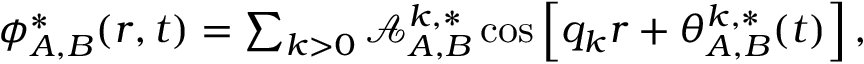
\begin{array} { r } { \phi _ { A , B } ^ { * } ( r , t ) = \sum _ { k > 0 } \mathcal { A } _ { A , B } ^ { k , * } \cos \left[ q _ { k } r + \theta _ { A , B } ^ { k , * } ( t ) \right] , } \end{array}